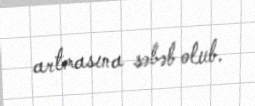
artmasına səbəb olub.